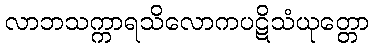
လာဘသက္ကာရသိလောကပဋိသံယုတ္တော